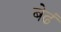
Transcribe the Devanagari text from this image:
बेढं